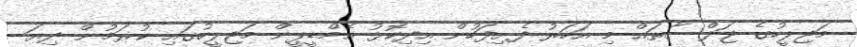
މަޖިލީހުގެ ޖަލްސާތައް މި އަހަރު ފެށިފަހުން އިދިކޮޅު އެމްޑީޕީން މަޖިލީހުގައި ކުރަމުން ދިޔަ